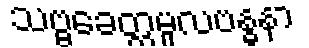
သဗ္ဗခေတ္တမူလဗန္ဓနာ